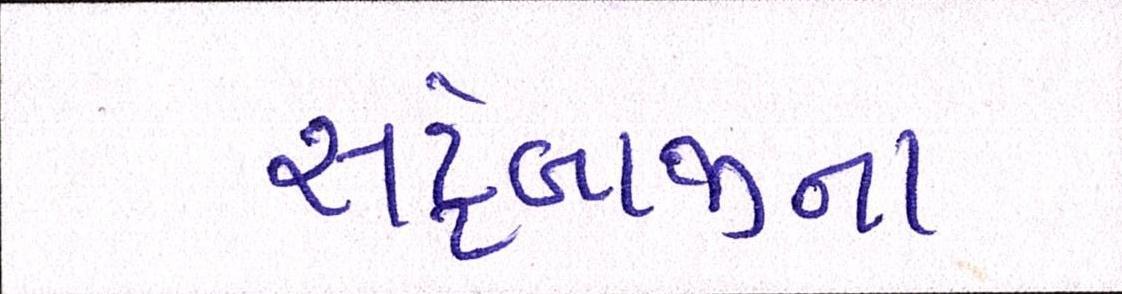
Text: સટ્ટેબાજીના